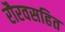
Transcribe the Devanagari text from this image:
रौरवसहित